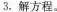
3.解方程。